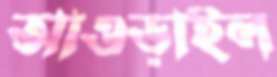
আওড়াইল